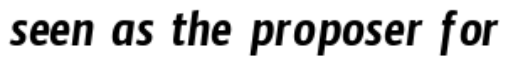
seen as the proposer for